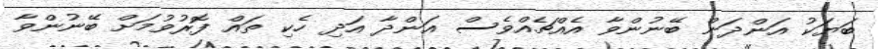
ބަޔަކު އަންދަން ބޭނުންވާ އެއްޗެއްވެސް އަންދާ އަދި ހެކި ތައް ފޮރުވުމަށް ބޭނުންވާ